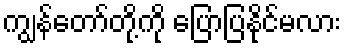
ကျွန်တော်တို့ကို ပြောပြနိုင်မလား